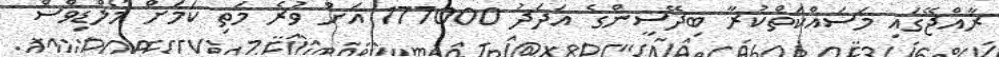
ރާއްޖޭގައި މަސައްކަތްކުރާ ބިދޭސީންގެ އަދަދު 177000 އަށް ވުރެ މަތި ކަމަށް މޯލްޑިވްސް